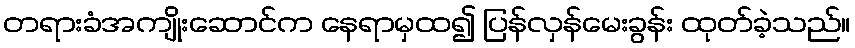
တရားခံအကျိုးဆောင်က နေရာမှထ၍ ပြန်လှန်မေးခွန်း ထုတ်ခဲ့သည်။